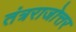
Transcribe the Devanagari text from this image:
तंत्रराजोत्तर